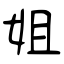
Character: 姐